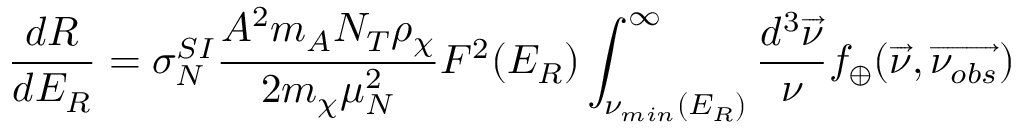
\frac { d R } { d E _ { R } } = \sigma _ { N } ^ { S I } \frac { A ^ { 2 } m _ { A } N _ { T } \rho _ { \chi } } { 2 m _ { \chi } \mu _ { N } ^ { 2 } } F ^ { 2 } ( E _ { R } ) \int _ { { \nu } _ { m i n } ( E _ { R } ) } ^ { \infty } \frac { d ^ { 3 } \overrightarrow { \nu } } { \nu } f _ { \oplus } ( \overrightarrow { \nu } , \overrightarrow { \nu _ { o b s } } )